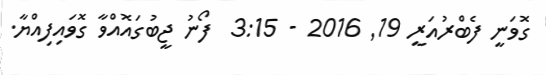
ގޮވަނީ ފެބްރުއަރީ 19